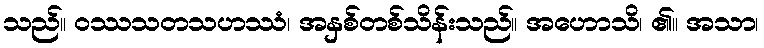
သည်။ ဝဿသတသဟဿံ၊ အနှစ်တစ်သိန်းသည်။ အဟောသိ၊ ၏။ အသာ၊